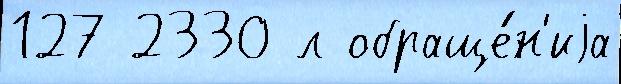
127 2330 л обраще́н'иjа